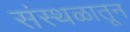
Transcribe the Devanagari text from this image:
संस्थळातून